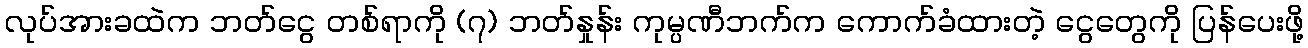
လုပ်အားခထဲက ဘတ်ငွေ တစ်ရာကို (၇) ဘတ်နှုန်း ကုမ္ပဏီဘက်က ကောက်ခံထားတဲ့ ငွေတွေကို ပြန်ပေးဖို့